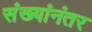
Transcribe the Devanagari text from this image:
संख्यांनंतर